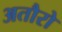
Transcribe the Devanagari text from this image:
अतौरो